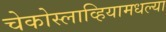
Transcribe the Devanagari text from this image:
चेकोस्लाव्हियामधल्या